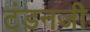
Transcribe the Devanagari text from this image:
टंडनजी